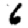
Digit: 6